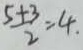
\frac { 5 + 3 } { 2 } = 4 .